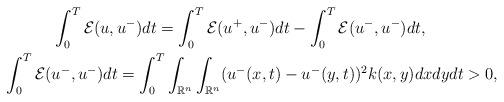
LaTeX: \begin{align*}&\quad\quad\quad\int_{0}^{T}\mathcal{E}(u,u^{-})dt = \int_{0}^{T}\mathcal{E}(u^{+},u^{-})dt - \int_{0}^{T}\mathcal{E}(u^{-},u^{-})dt, \\&\int_{0}^{T}\mathcal{E}(u^{-},u^{-})dt = \int_{0}^{T}\int_{\mathbb{R}^{n}}\int_{\mathbb{R}^{n}}(u^{-}(x,t) - u^{-}(y,t))^{2}k(x,y)dxdydt > 0,\end{align*}